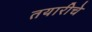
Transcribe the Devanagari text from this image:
तयारीचे